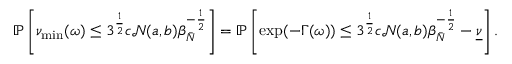
\begin{array} { r l } & { \mathbb { P } \left[ \nu _ { \operatorname* { m i n } } ( \omega ) \leq 3 ^ { \frac { 1 } { 2 } } c \mathcal { N } ( a , b ) \beta _ { \bar { N } } ^ { - \frac { 1 } { 2 } } \right] = \mathbb { P } \left[ \exp ( - \Gamma ( \omega ) ) \leq 3 ^ { \frac { 1 } { 2 } } c \mathcal { N } ( a , b ) \beta _ { \bar { N } } ^ { - \frac { 1 } { 2 } } - \underline { { \nu } } \right] . } \end{array}